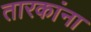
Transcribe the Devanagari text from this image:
तारकांना